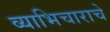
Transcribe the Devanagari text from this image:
व्याभिचाराचे